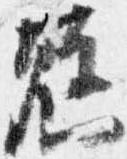
懸